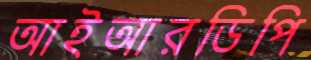
আইআরডিপি